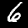
Digit: 6